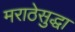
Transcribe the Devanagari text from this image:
मराठेसुद्धा